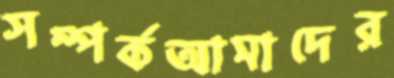
সম্পর্কআমাদের